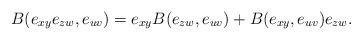
LaTeX: \begin{align*}B(e_{xy}e_{zw},e_{uv})=e_{xy}B(e_{zw},e_{uv})+B(e_{xy},e_{uv})e_{zw}.\end{align*}